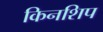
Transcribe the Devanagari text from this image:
किनशिप